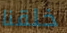
خلقنا